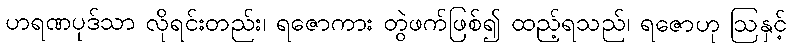
ဟရဏပုဒ်သာ လိုရင်းတည်း၊ ရဇောကား တွဲဖက်ဖြစ်၍ ထည့်ရသည်၊ ရဇောဟု ဩနှင့်